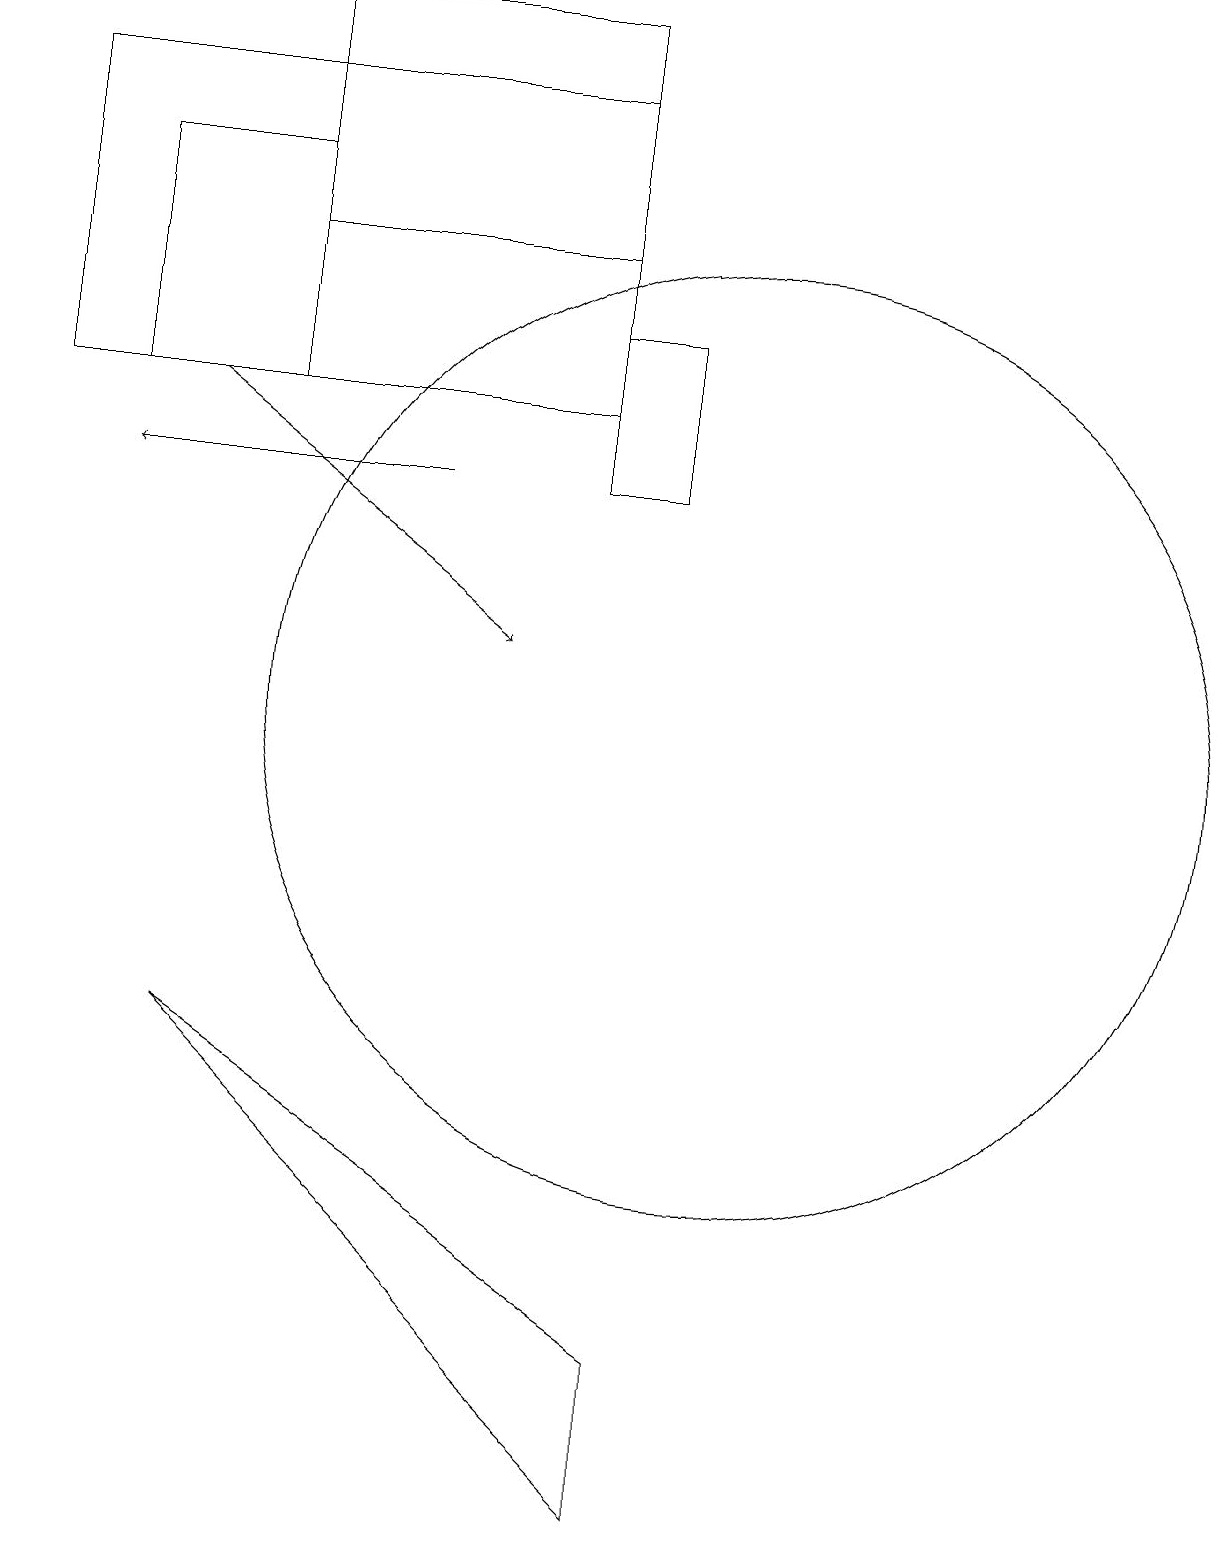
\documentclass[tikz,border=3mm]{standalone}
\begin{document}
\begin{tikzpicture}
\draw[->] (3,14) -- (7,11);
\draw (8,13) rectangle (9,15);
\draw[->] (6,13) -- (2,13);
\draw (1,18) rectangle (8,14);
\draw (10,10) circle (6);
\draw (2,17) rectangle (4,14);
\draw (9,2) -- (9,0) -- (3,6) -- cycle;
\draw (8,19) rectangle (4,16);
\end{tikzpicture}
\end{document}